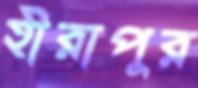
হীরাপুর